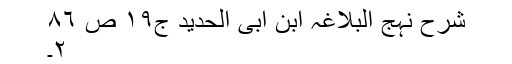
شرح نہج البلاغہ ابن ابی الحدید ج١٩ ص ٨٦
٢۔